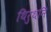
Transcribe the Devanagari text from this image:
थिरुथनि